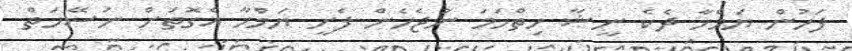
ފަހުން ޔަމްހާ ދެކެ ނީޝާ ހިތްހަމަ ނުޖެހެން ފެށީ ޔަމްހާ އެގޮތަށް ނަސޭހަތް